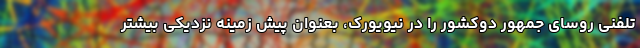
تلفنی روسای جمهور دوکشور را در نیویورک، بعنوان پیش زمینه نزدیکی بیشتر